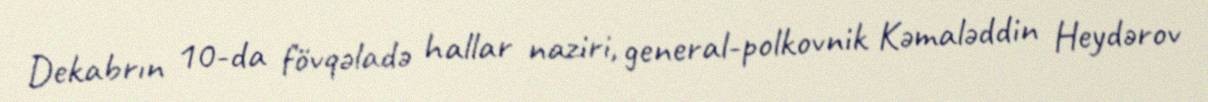
Dekabrın 10-da fövqəladə hallar naziri, general-polkovnik Kəmaləddin Heydərov